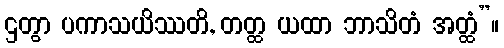
ဌတွာ ပကာသယိဿတိ, တတ္ထ ယထာ ဘာသိတံ အတ္ထံ”။